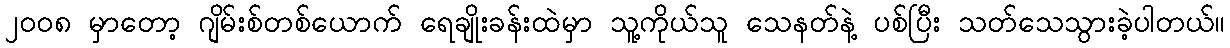
၂၀၀၈ မှာတော့ ဂျိမ်းစ်တစ်ယောက် ရေချိုးခန်းထဲမှာ သူ့ကိုယ်သူ သေနတ်နဲ့ ပစ်ပြီး သတ်သေသွားခဲ့ပါတယ်။